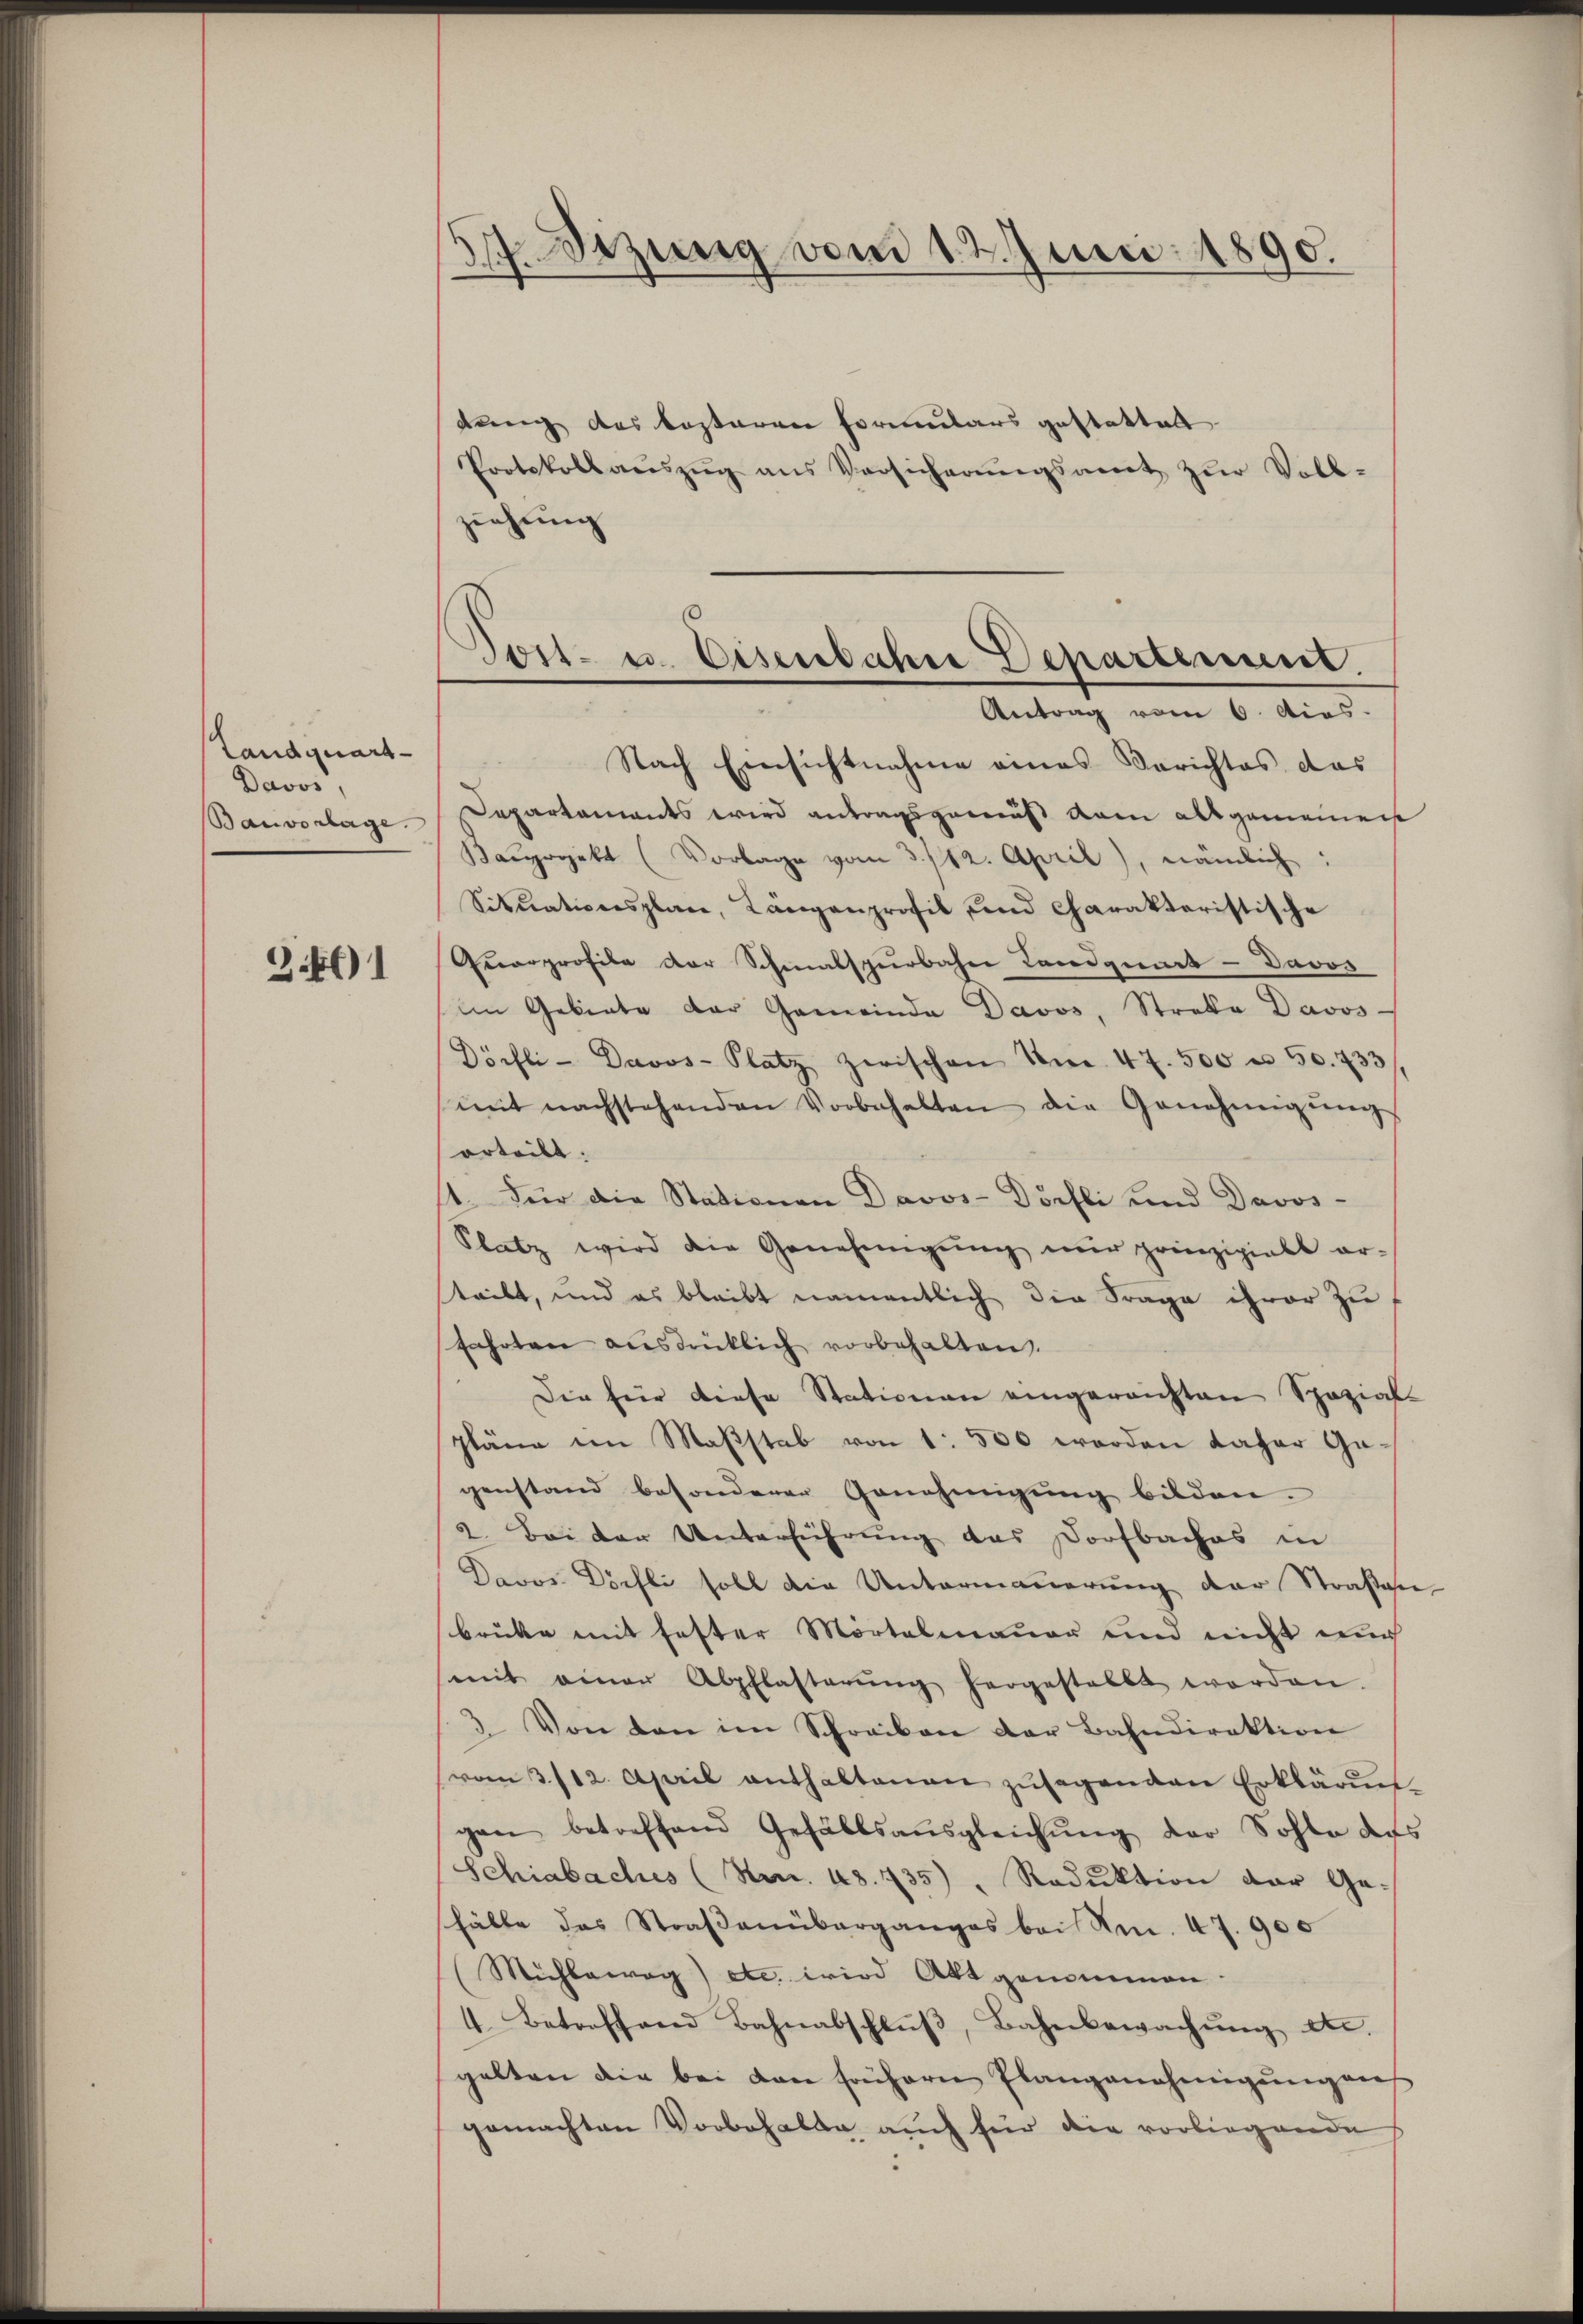
Landquart
Davos,
Banvorlage.

3.461

d. Sizung vom 12. Juni 1890.

dung des besteren Formulars gestattelt
Protokoll aŭszŭg ans Versicherŭngsamt zŭr Voll-
ziehŭng
Antrag vom 6. Acas.
Nach Einsichtnahme eines Serichtes das
Departaments wird antragsgemäß dem als gemeiner
Kaŭprojekt (Vorlage vom 3./12. April), nämlich:
Situationsplan, Längenprofil und Charakteristische
Quorprofile der Schmalspurbahn Landginnt - Davos
(im Gebiete der Gemeinde Davos, Strata Davos
Dörfli - Davos- Platz zwischen Nr. 47. 500 u. 50. 733
mit nachstehenden Vorbehalten die Genehmigŭng
orteilt.
11. Für die Stationen Davos- Dörfli und Davos-
Platz wird die Genehmigŭng nŭr prinzipielt er-
teilt, und es bleibt namentlich die Frage ihrer zu
fahrten ausdrücklich vorbehalten.
Die für diese Stationen eingereichten Spazial-
pläne im Maßstab von 1 500 werden daher Gagenstand besonderer Genehmigung bilden.
2. Bei der Unterführung des Dorfbaches in
Davos Döchli soll die Untermauerung der Straßen
brüke mit fester Mörtelmauer und nicht nur
(mit einer Abpflasterŭng hergestellt werden.
3 Von den im Schreiben der Bahndirektion
vom 3./12. April enthaltenen zŭsagenden Erklärŭn
gen betreffend Gefällsausgleichŭng der Sohle des
Schiabaches (Nr. 48. 735), Reduktion der Gehälte das Straßenüberganges bei Nm. 47. 900
(Mühleweg) etc. wird Akt genommen.
1. Betreffend Bahnabschlŭβ, Bahnbewachŭng etc.
gelten die bei den frühern Plangenehmigŭng aus
gemachten Vorbehalte auch für die vorliegende

Post- u. Eisenbahre Departement.